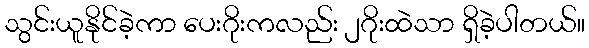
သွင်းယူနိုင်ခဲ့ကာ ပေးဂိုးကလည်း ၂ဂိုးထဲသာ ရှိခဲ့ပါတယ်။